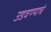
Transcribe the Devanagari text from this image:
उडवण्याचे